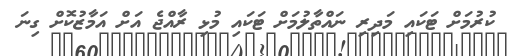
ކުރުމަށް ޓަކައި މަދިރި ނައްތާލުމަށް ޓަކައި މުޅި ރާއްޖެ އަށް އަމާޒުކޮށް ގިނަ